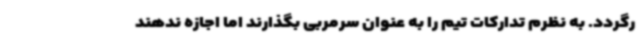
رگردد. به نظرم تدارکات تیم را به عنوان سرمربی بگذارند اما اجازه ندهند